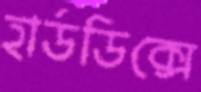
হার্ডডিক্সে